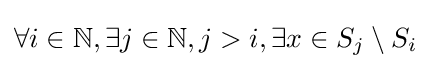
\forall i\in \mathbb {N} ,\exists j\in \mathbb {N} ,j>i,\exists x\in S_{j}\setminus S_{i}